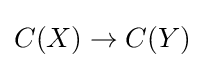
C(X)\to C(Y)